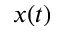
x ( t )